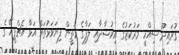
ގުރައިދޫ ސިއްހީ މަރުކަޒުގެ އިރުޝާދާއި ލަފާގެ މަތީން ފިޔަވަޅުތައް އަޅާ އެޗްޕީއޭ ގެ